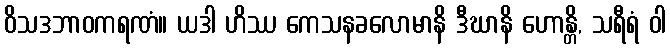
ဝိသဒဘာဝကရဏံ။ ယဒါ ဟိဿ ကေသနခလောမာနိ ဒီဃာနိ ဟောန္တိ, သရီရံ ဝါ